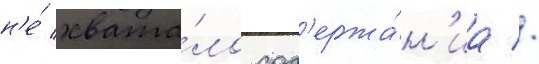
н'е́ хвата́ло сод'ержа́н'иа //